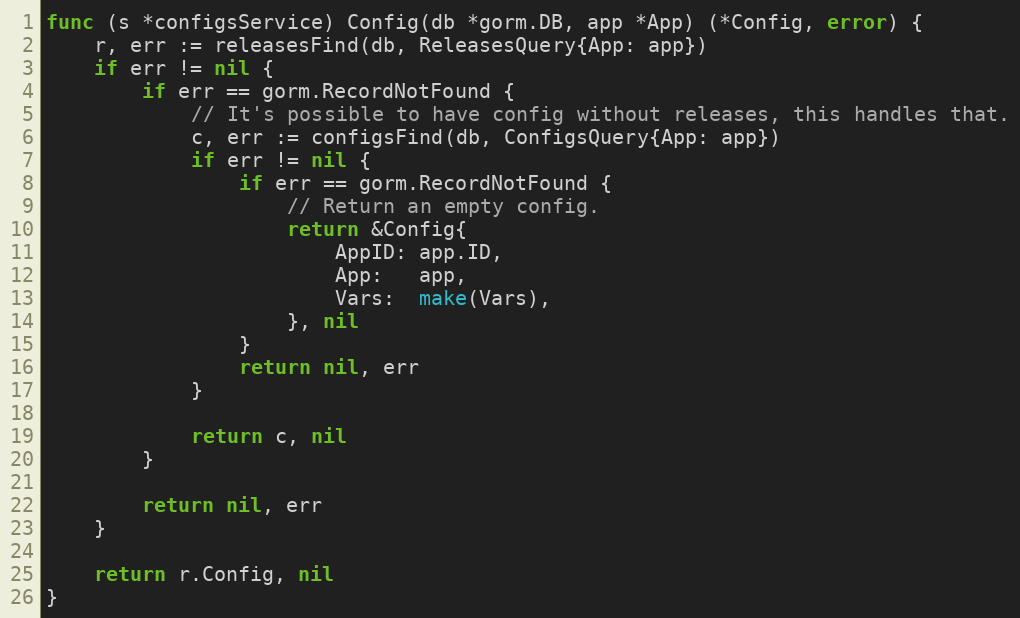
Language: Go
func (s *configsService) Config(db *gorm.DB, app *App) (*Config, error) {
	r, err := releasesFind(db, ReleasesQuery{App: app})
	if err != nil {
		if err == gorm.RecordNotFound {
			// It's possible to have config without releases, this handles that.
			c, err := configsFind(db, ConfigsQuery{App: app})
			if err != nil {
				if err == gorm.RecordNotFound {
					// Return an empty config.
					return &Config{
						AppID: app.ID,
						App:   app,
						Vars:  make(Vars),
					}, nil
				}
				return nil, err
			}

			return c, nil
		}

		return nil, err
	}

	return r.Config, nil
}